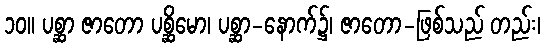
၁၀။ ပစ္ဆာ ဇာတော ပစ္ဆိမော၊ ပစ္ဆာ-နောက်၌၊ ဇာတော-ဖြစ်သည် တည်း၊